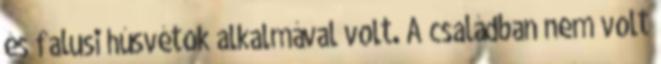
és falusi húsvétok alkalmával volt. A családban nem volt